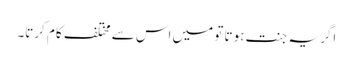
اگر یہ جنت ہوتا تو میں اس سے مختلف کام کرتا۔